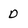
Character: D